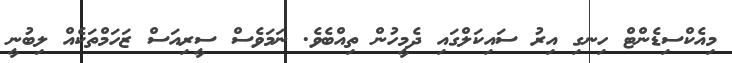
މިއެކްސިޑެންޓް ހިނގި އިރު ސައިކަލްގައި ދެމީހުން ތިއްބެވެ. ނަމަވެސް ސީރިއަސް ޒަހަމްތަކެއް ލިބުނީ